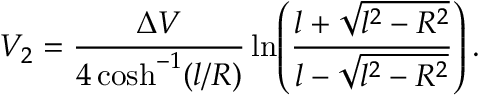
V _ { 2 } = \frac { \Delta V } { 4 \cosh ^ { - 1 } ( l / R ) } \ln \! \left( \frac { l + \sqrt { l ^ { 2 } - R ^ { 2 } } } { l - \sqrt { l ^ { 2 } - R ^ { 2 } } } \right) .